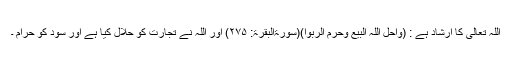
اللہ تعالیٰ کا ارشاد ہے : (واحل اللّٰہ البیع وحرم الربوا)(سورۃالبقرۃ: ۲۷۵) اور اللہ نے تجارت کو حلال کیا ہے اور سود کو حرام ۔